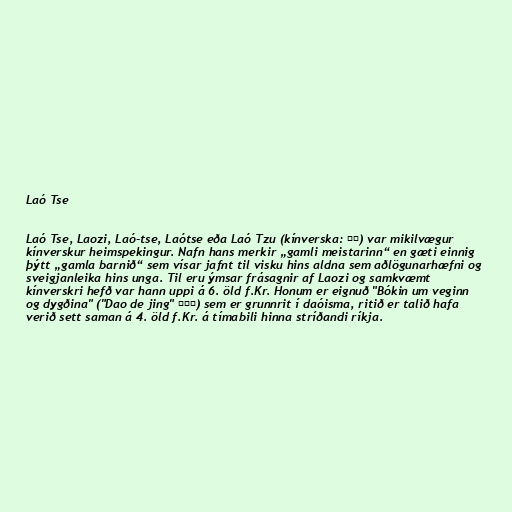
Laó Tse

Laó Tse, Laozi, Laó-tse, Laótse eða Laó Tzu (kínverska: 老子) var mikilvægur
kínverskur heimspekingur. Nafn hans merkir „gamli meistarinn“ en gæti einnig
þýtt „gamla barnið“ sem vísar jafnt til visku hins aldna sem aðlögunarhæfni og
sveigjanleika hins unga. Til eru ýmsar frásagnir af Laozi og samkvæmt
kínverskri hefð var hann uppi á 6. öld f.Kr. Honum er eignuð "Bókin um veginn
og dygðina" ("Dao de jing" 道德经) sem er grunnrit í daóisma, ritið er talið hafa
verið sett saman á 4. öld f.Kr. á tímabili hinna stríðandi ríkja.